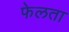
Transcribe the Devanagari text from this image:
फेलता